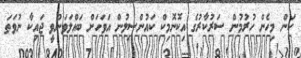
ކަން މިހެން ހުރުމުން ސަރުކާރުގެ އިކޮނޮމިކް ކައުންސިލުން އަވަހަށް ބައްލަވަންވީ ޖައިކާ ނުވަތަ